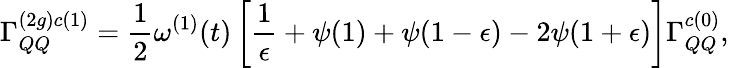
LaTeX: \Gamma_{QQ}^{(2g)c(1)}=\frac{1}{2}\omega^{(1)}(t)\left[\frac{1}{\epsilon}+\psi(1)+\psi(1-\epsilon)-2\psi(1+\epsilon)\right]\Gamma_{QQ}^{c(0)},